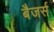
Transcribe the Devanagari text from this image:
बैजर्स